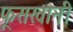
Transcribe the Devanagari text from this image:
फूसखानी